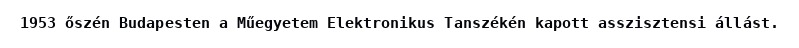
1953 őszén Budapesten a Műegyetem Elektronikus Tanszékén kapott asszisztensi állást.